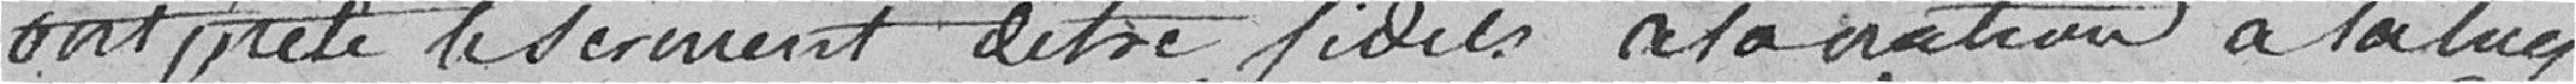
ont prêté le serment d'être fidèles à la nation à la fin ,